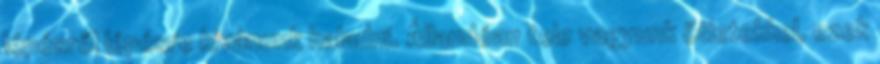
lépésről lépésre kívánunk haladni. Állandóan tele vagyunk ötletekkel, ezek